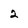
Character: 2